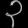
Digit: ၃